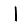
Digit: 1